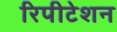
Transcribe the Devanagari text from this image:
रिपीटेशन